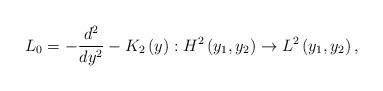
LaTeX: \begin{align*}L_{0}=-\frac{d^{2}}{dy^{2}}-K_{2}\left( y\right) :H^{2}\left( y_{1},y_{2}\right) \rightarrow L^{2}\left( y_{1},y_{2}\right) , \end{align*}